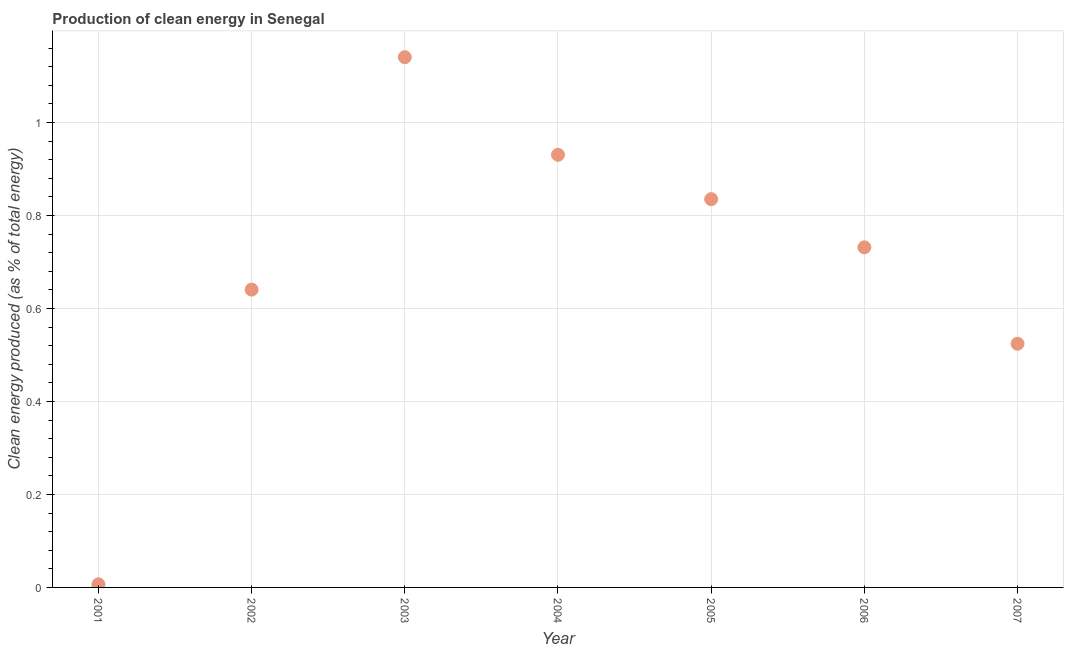
| Year | Alternative and nuclear energy |
 | --- | --- |
 | 2001 | 0.00664 |
 | 2002 | 0.641 |
 | 2003 | 1.14 |
 | 2004 | 0.931 |
 | 2005 | 0.835 |
 | 2006 | 0.731 |
 | 2007 | 0.524 |